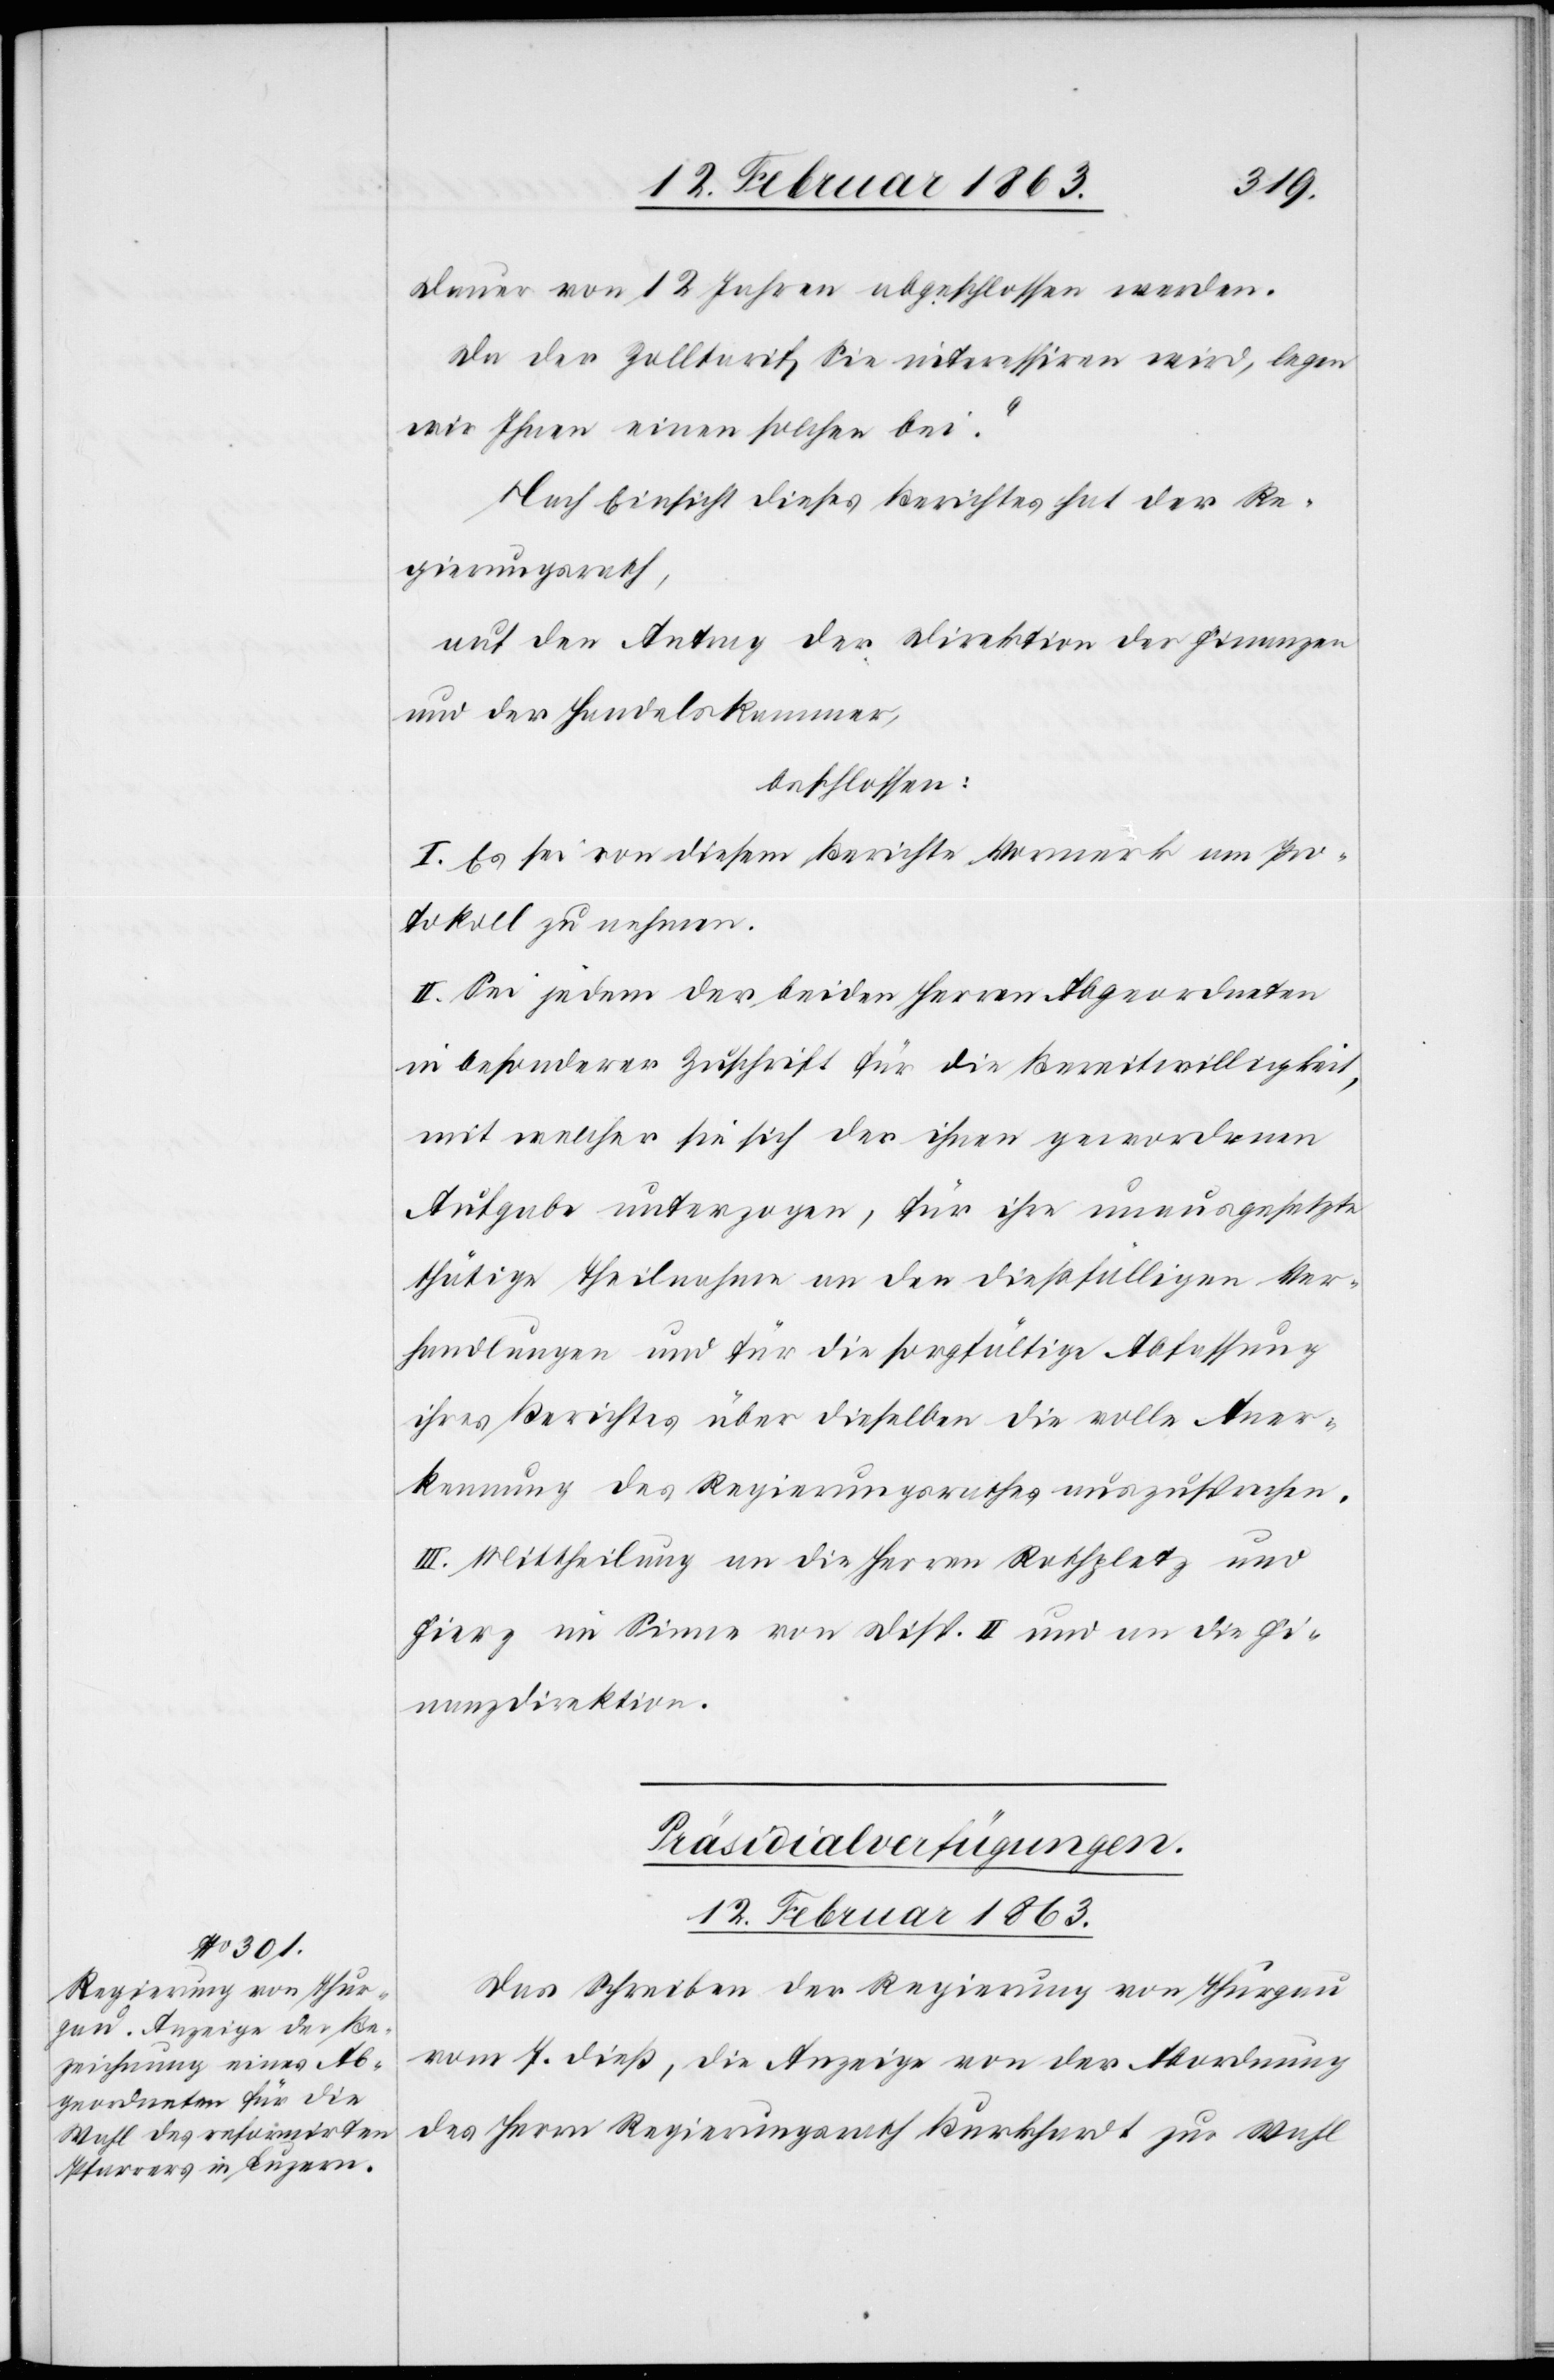
Dauer von 12 Jahren abgeschlossen werden.
Da der Zolltarif Sie interessiren wird, legen
wir Ihnen einen solchen bei.“
Nach Einsicht dieses Berichtes hat der Re¬
gierungsrath,
auf den Antrag der Direktion der Finanzen
und der Handelskammer,
beschlossen:
I. Es sei von diesem Berichte Vormerk am Pro¬
tokoll zu nehmen.
II. Sei jedem der beiden Herren Abgeordneten
in besonderer Zuschrift für die Bereitwilligkeit,
mit welcher sie sich der ihnen gewordenen
Aufgabe unterzogen, für ihre unausgesetzte
thätige Theilnahme an der dießfälligen Ver¬
handlungen und für die sorgfältige Abfassung
ihres Berichtes über dieselben die volle Aner¬
kennung des Regierungsrathes auszusprechen.
III. Mittheilung an die Herren Rothpletz und
Fierz im Sinne von Disp. II und an die Fi¬
nanzdirektion.
Präsidialverfügungen.
12. Februar 1863.
Das Schreiben der Regierung von Thurgau
vom 7. dieß, die Anzeige von der Abordnung
des Herrn Regierungsrath Burkhardt zur Wahl